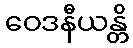
ဝေဒနီယန္တိ